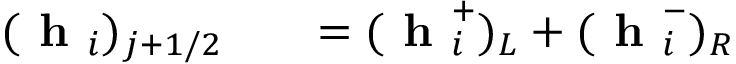
\begin{array} { r l r } { ( \textbf { h } _ { i } ) _ { j + 1 / 2 } } & { { } } & { = ( \textbf { h } _ { i } ^ { + } ) _ { L } + ( \textbf { h } _ { i } ^ { - } ) _ { R } } \end{array}